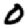
Digit: 0